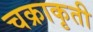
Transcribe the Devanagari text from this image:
चक्राकृती